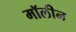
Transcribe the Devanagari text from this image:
मॉलीन